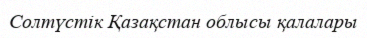
Солтүстік Қазақстан облысы қалалары